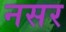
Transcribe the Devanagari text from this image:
नसर